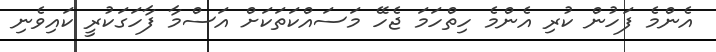
އެންމެ ފަހުން ކުރި އެންމެ ހިތްހަމަ ޖެހޭ މަސައްކަތަކަށް އަސްމާ ފާހަގަކުރީ ކައިވެނި